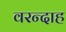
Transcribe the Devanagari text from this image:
वरन्दाह